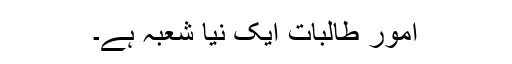
امورِ طالبات ایک نیا شعبہ ہے۔